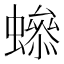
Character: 𧑫